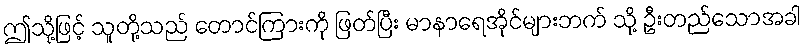
ဤသို့ဖြင့် သူတို့သည် တောင်ကြားကို ဖြတ်ပြီး မာနာရေအိုင်များဘက် သို့ ဦးတည်သောအခါ